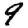
Digit: 9